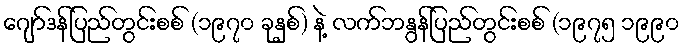
ဂျော်ဒန်ပြည်တွင်းစစ် (၁၉၇၀ ခုနှစ်) နဲ့ လက်ဘနွန်ပြည်တွင်းစစ် (၁၉၇၅ ၁၉၉၀